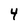
Character: 4